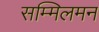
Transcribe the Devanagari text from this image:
सम्मिलमन